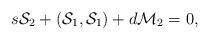
LaTeX: \begin{align*}s{\cal S}_2+({\cal S}_1,{\cal S}_1)+d{\cal M}_2=0,\end{align*}